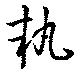
執